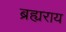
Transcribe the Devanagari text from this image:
ब्रह्यराय